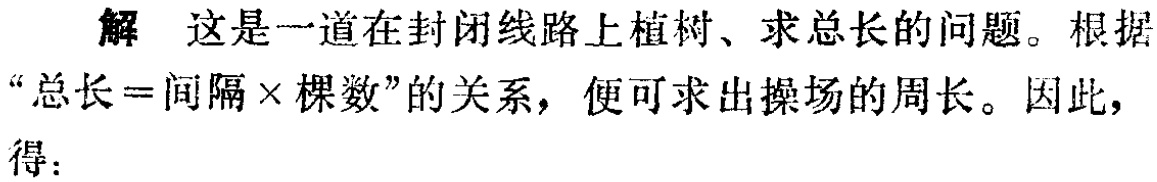
解 这是一道在封闭线路上植树、求总长的问题。根据“总长 = 间隔×棵数”的关系，便可求出操场的周长。因此，得：